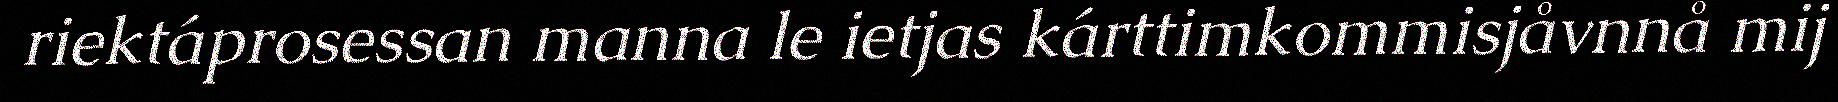
riektáprosessan manna le ietjas kárttimkommisjåvnnå mij